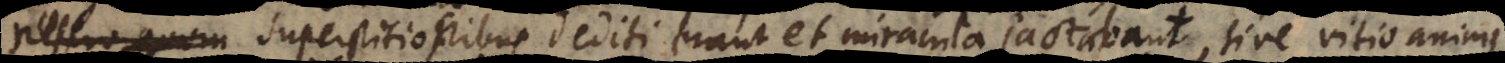
nescio quem superstitionibus dediti erant et miracula jactabant, sive vitio animi